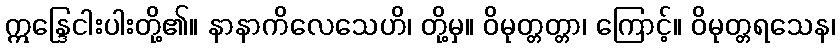
ဣန္ဒြေငါးပါးတို့၏။ နာနာကိလေသေဟိ၊ တို့မှ။ ဝိမုတ္တတ္တာ၊ ကြောင့်။ ဝိမုတ္တရသေန၊